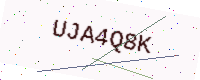
Text: UJA4Q8K